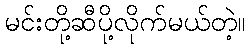
မင်းတို့ဆီပို့လိုက်မယ်တဲ့။